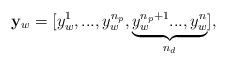
LaTeX: \begin{align*}\mathbf{y}_w=[y_w^1,...,y_w^{n_p},\underbrace{y_w^{n_p+1}...,y_w^{n}}_{n_d}],\end{align*}